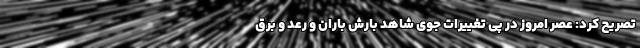
تصریح کرد: عصر امروز در پی تغییرات جوی شاهد بارش باران و رعد و برق